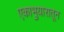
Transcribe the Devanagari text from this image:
एकाभुयारातून